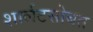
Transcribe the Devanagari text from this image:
शार्लटसोबत